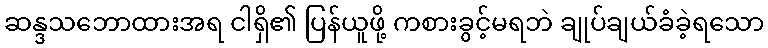
ဆန္ဒသဘောထားအရ ငါရှိ၏ ပြန်ယူဖို့ ကစားခွင့်မရဘဲ ချုပ်ချယ်ခံခဲ့ရသော